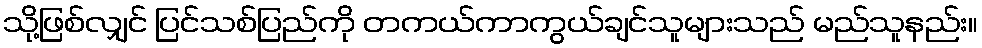
သို့ဖြစ်လျှင် ပြင်သစ်ပြည်ကို တကယ်ကာကွယ်ချင်သူများသည် မည်သူနည်း။